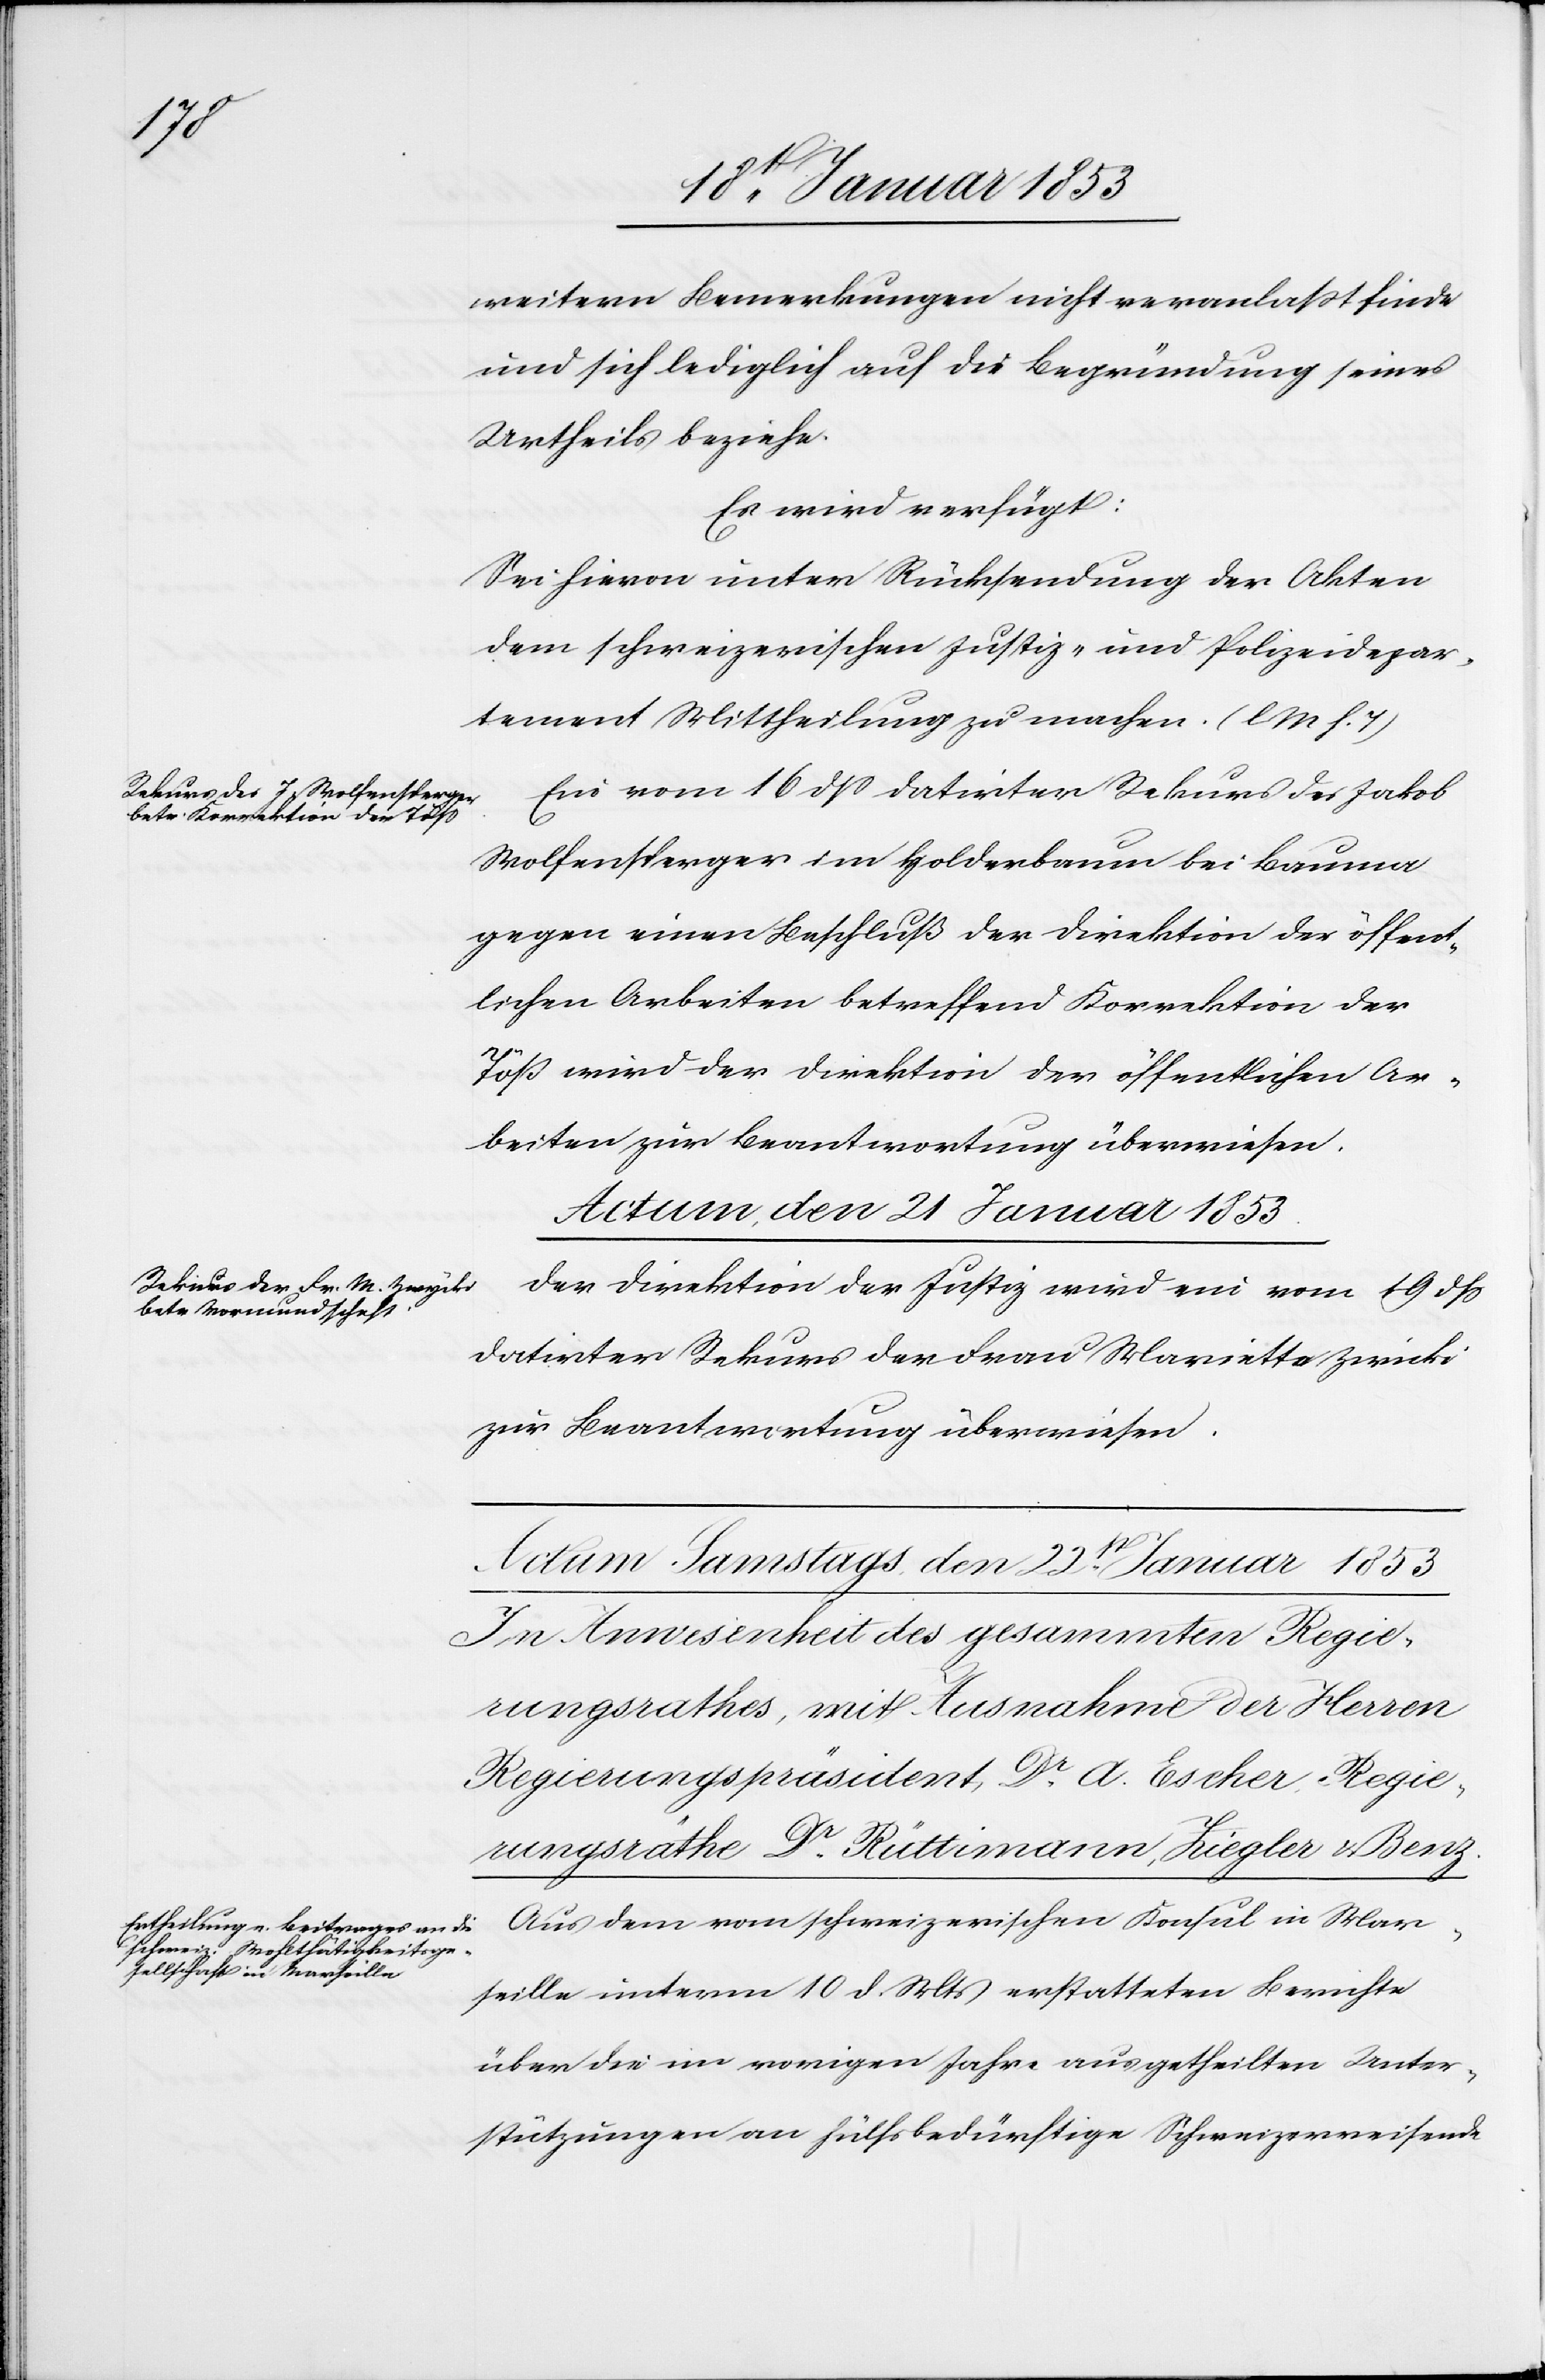
weitern Bemerkungen nicht veranlaßt finde
und sich lediglich auf die Begründung seines
Urtheils beziehe.
Es wird verfügt:
Sei hievon unter Rücksendung der Akten
dem schweizerischen Justiz- und Polizeidepar¬
tement Mittheilung zu machen. [l. M. h. T]
Ein vom 16 dß. datirter Rekurs des Jakob
Wolfensberger im Holderbaum bei Bauma
gegen einen Beschluß der Direktion der öffent¬
lichen Arbeiten betreffend Korrektion der
Töß wird der Direktion der öffentlichen Ar¬
beiten zur Beantwortung überwiesen.
Actum, den 21 Januar 1853
Der Direktion der Justiz wird ein vom 19 dß.
datirter Rekurs der Frau Marietta Zwicki
zur Beantwortung überwiesen.
Aus dem vom schweizerischen Konsul in Mar¬
seille unterm 10 d. Mts. erstatteten Berichte
über die im vorigen Jahre ausgetheilten Unter¬
stützungen an hülfsbedürftige Schweizerreisende